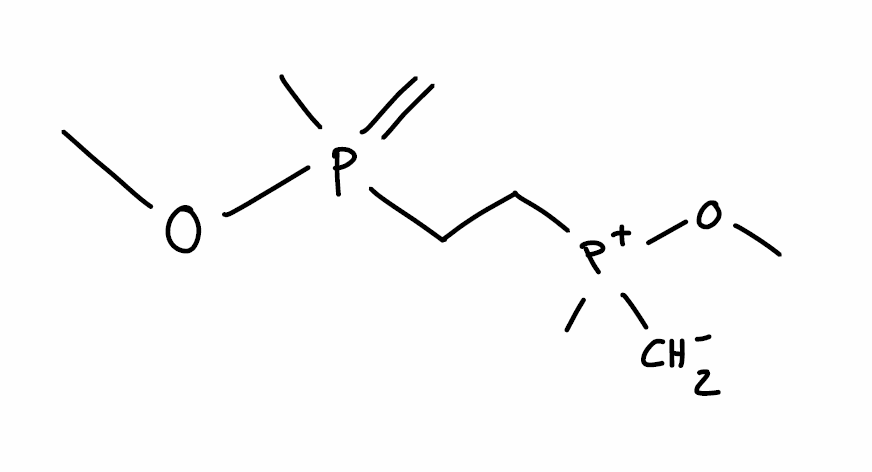
Simplified molecular-input line-entry system (SMILES) notation of the given molecule:
COP(=C)(C)CC[P+](C)([CH2-])OC